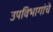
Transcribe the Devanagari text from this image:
उपविभागांचे